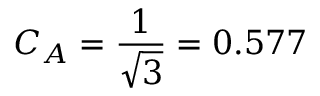
C _ { A } = \frac { 1 } { \sqrt { 3 } } = 0 . 5 7 7